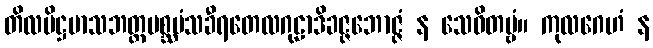
တိလပိဋ္ဌမာသဘတ္တမစ္ဆမံသခီရတေလဂုဠာဒိခဇ္ဇဘောဇ္ဇံ န သေဝိတဗ္ဗံ။ ကုလဂေဟံ န